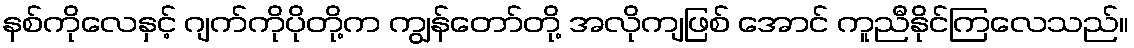
နစ်ကိုလေနှင့် ဂျက်ကိုပိုတို့က ကျွန်တော်တို့ အလိုကျဖြစ် အောင် ကူညီနိုင်ကြလေသည်။